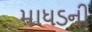
માધડની